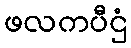
ဖလကပီဌံ